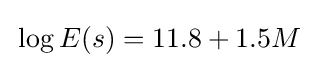
\!\ \log E(s)=11.8+1.5M